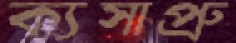
ক্যসাপ্রু